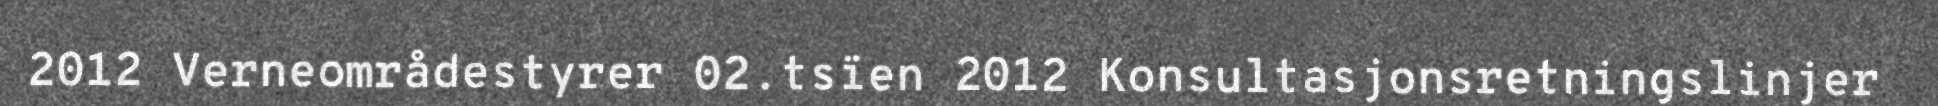
2012 Verneområdestyrer 02.tsïen 2012 Konsultasjonsretningslinjer